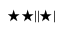
\bigstar \bigstar | | \bigstar |